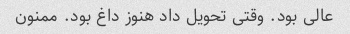
عالی بود. وقتی تحویل داد هنوز داغ بود. ممنون